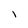
Character: l